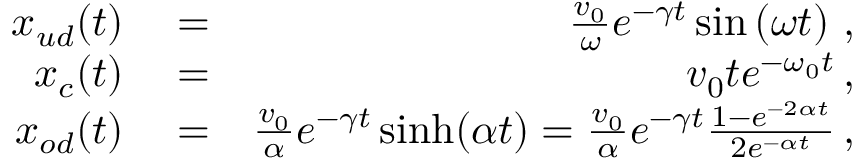
\begin{array} { r l r } { x _ { u d } ( t ) } & { { } = } & { \frac { v _ { 0 } } { \omega } e ^ { - \gamma t } \sin \left( \omega t \right) \, , } \\ { x _ { c } ( t ) } & { { } = } & { v _ { 0 } t e ^ { - \omega _ { 0 } t } \, , } \\ { x _ { o d } ( t ) } & { { } = } & { \frac { v _ { 0 } } { \alpha } e ^ { - \gamma t } \sinh ( \alpha t ) = \frac { v _ { 0 } } { \alpha } e ^ { - \gamma t } \frac { 1 - e ^ { - 2 \alpha t } } { 2 e ^ { - \alpha t } } \, , } \end{array}